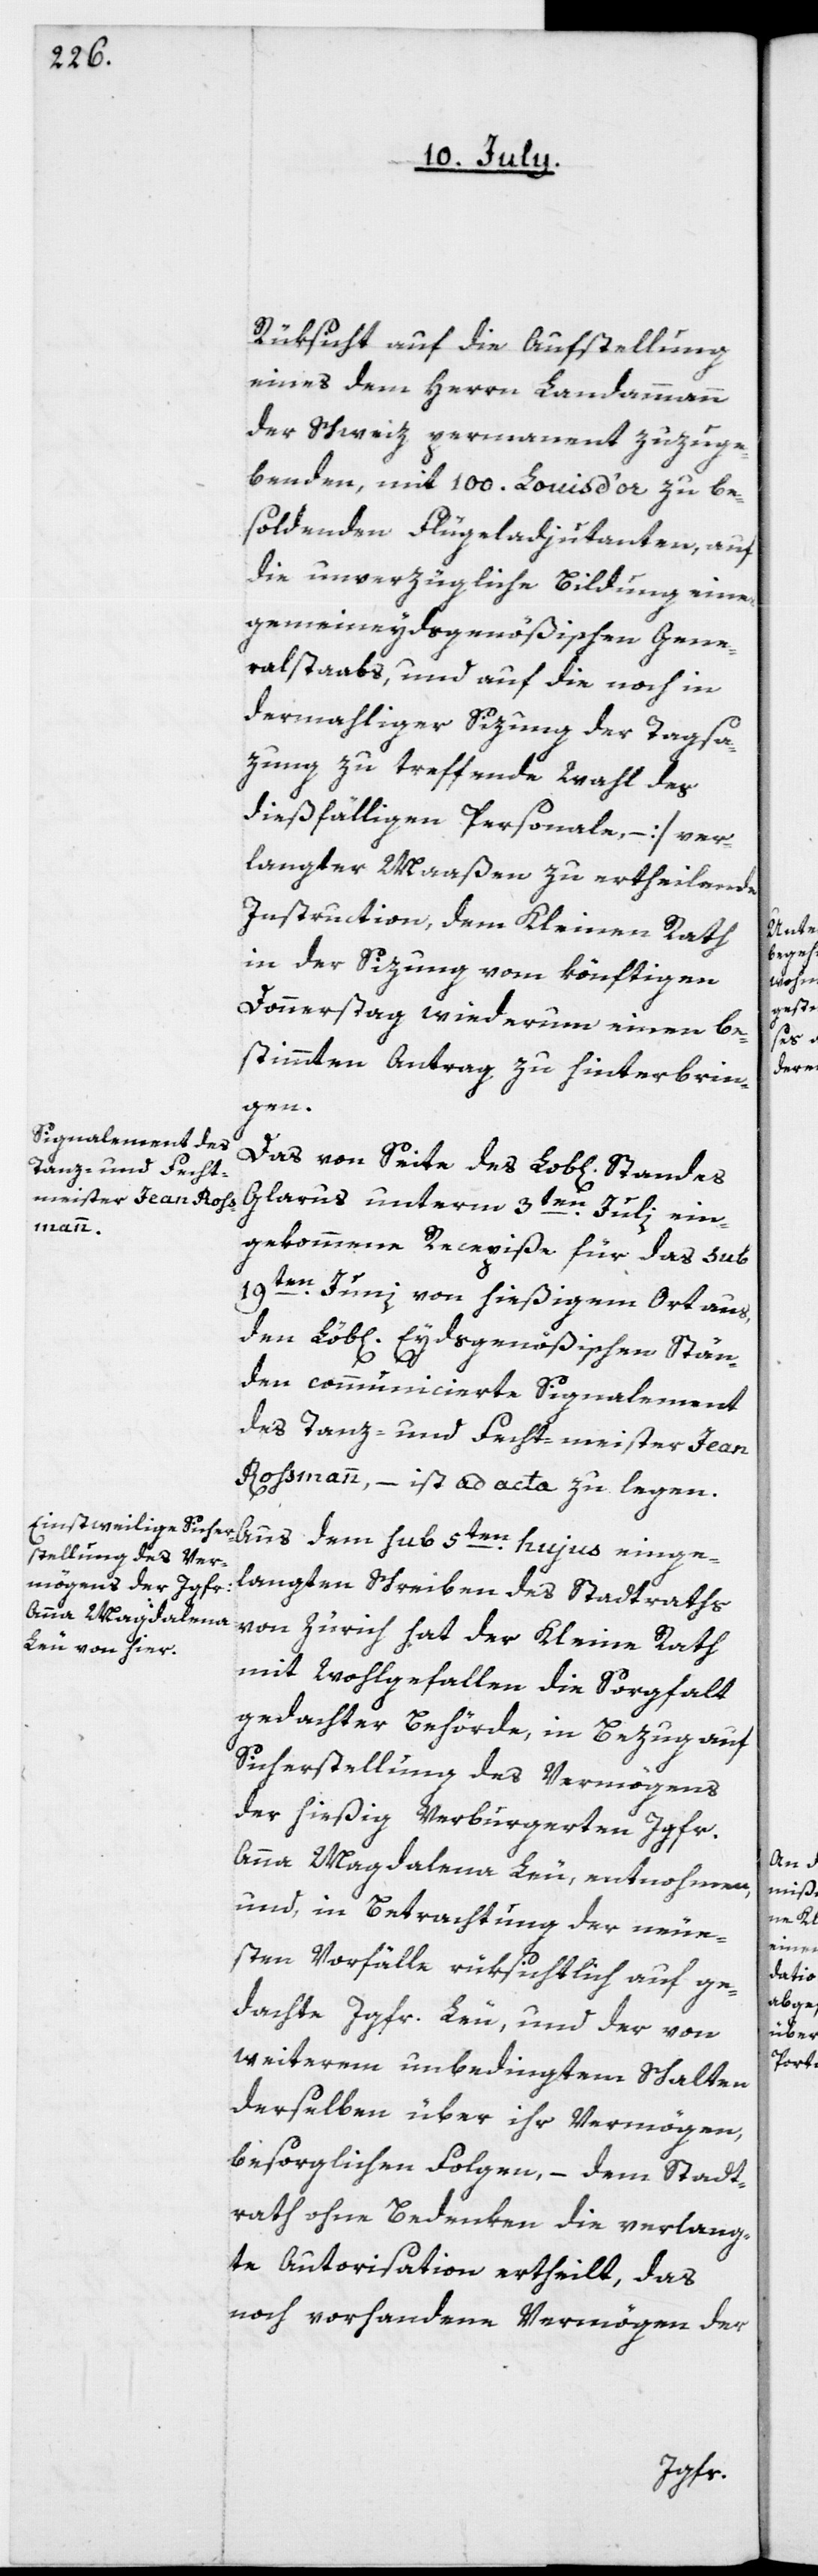
Rüksicht auf die Aufstellung
eines dem Herrn Landammann
der Schweiz permanent zuzuge¬
benden, mit 100. Louis d’or zu be¬
soldenden Flügeladjudanten, auf
die unverzügliche Bildung eines
gemeineydsgenößischen Gene¬
ralstabs, und auf die noch in
dermahliger Sizung der Tagsa¬
zung zu treffende Wahl des
dießfälligen Personale], – ver¬
langter Maaßen zu ertheilende
Instruction, dem Kleinen Rath
in der Sizung vom könftigen
Donnerstag wiederum einen be¬
stimmten Antrag zu hinterbrin¬
gen.
Glarus unterm 3ten Julii ein¬
gekommene Recepiße für das sub
19ten Junii von hießigem Ort aus,
den Lob[lichen] Eydsgenößischen Stän¬
den communicierte Signalement
des Tanz- und Fecht-meister Jean
Roßmann, – ist ad acta zu legen.
Aus dem sub 5ten hujus einge¬
langten Schreiben des Stadtraths
von Zürich hat der Kleine Rath
mit Wohlgefallen die Sorgfalt
gedachter Behörde, in Bezug auf
Sicherstellung des Vermögens
der hießig verburgerten Jgfr.
Anna Magdalena Leu, entnohmen,
und in Betrachtung der neue¬
sten Vorfälle rüksichtlich auf ge¬
dachte Jgfr. Leu und der von
weiterem unbedingtem Schalten
derselben über ihr Vermögen,
besorglichen Folgen, – dem Stadt¬
rath ohne Bedenken die verlang¬
te Autorisation ertheilt, das
noch vorhandene Vermögen der

Sta¬
ndes